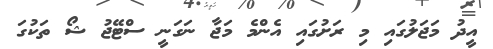
އީދު މަޖަލުގައި މި ރަށުގައި އެންމެ މަޖާ ނަގަނީ ސްޓޭޖު ޝޯ ތަކުގަ